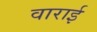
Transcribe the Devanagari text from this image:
वाराई